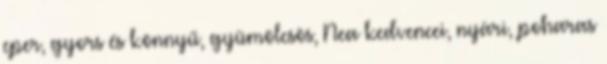
eper, gyors és könnyű, gyümölcsös, Nea kedvencei, nyári, poharas